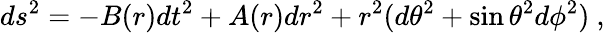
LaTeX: ds^{2}=-B(r)dt^{2}+A(r)dr^{2}+r^{2}(d\theta^{2}+\sin\theta^{2}d\phi^{2})\ ,